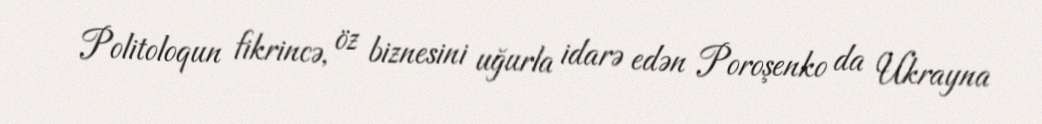
Politoloqun fikrincə, öz biznesini uğurla idarə edən Poroşenko da Ukrayna